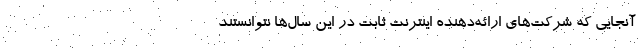
آنجایی که شرکت‌های ارائه‌دهنده اینترنت ثابت در این سال‌ها نتوانستند